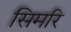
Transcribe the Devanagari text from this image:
सिमरि